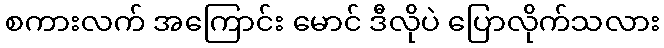
စကားလက် အကြောင်း မောင် ဒီလိုပဲ ပြောလိုက်သလား